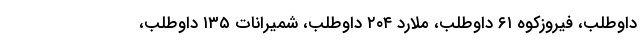
داوطلب، فیروزکوه ۶۱ داوطلب، ملارد ۲۰۴ داوطلب، شمیرانات ۱۳۵ داوطلب،